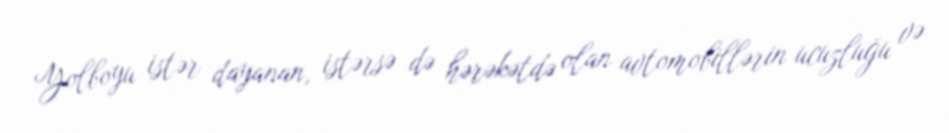
Yolboyu istər dayanan, istərsə də hərəkətdə olan avtomobillərin ucuzluğu və